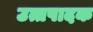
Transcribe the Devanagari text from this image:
उत्तपादक